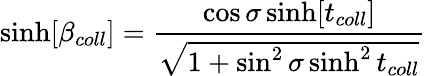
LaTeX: \sinh[\beta_{coll}]=\frac{\cos\sigma\sinh[t_{coll}]}{\sqrt{1+\sin^{2}\sigma\sinh^{2}t_{coll}}}